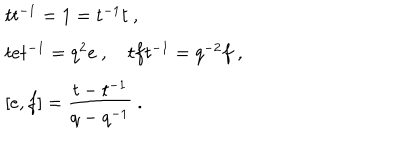
LaTeX: \begin{array} { r c l } { { } } & { { } } & { { t t ^ { - 1 } = 1 = t ^ { - 1 } t ~ , } } \\ { { } } & { { } } & { { t e t ^ { - 1 } = q ^ { 2 } e ~ , ~ t f t ^ { - 1 } = q ^ { - 2 } f ~ , } } \\ { { } } & { { } } & { { [ e , f ] = \displaystyle \frac { t - t ^ { - 1 } } { q - q ^ { - 1 } } ~ . } } \\ \end{array}